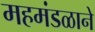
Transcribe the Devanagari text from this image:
महमंडळाने